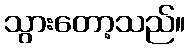
သွားတော့သည်။